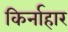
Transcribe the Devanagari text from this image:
किर्नाहार